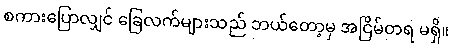
စကားပြောလျှင် ခြေလက်များသည် ဘယ်တော့မှ အငြိမ်တရ မရှိ။